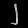
Digit: ၂